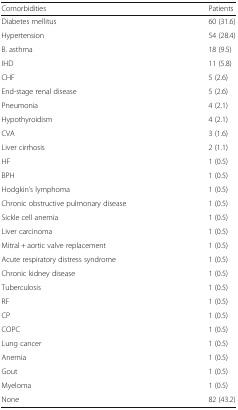
| Comorbidities | Patients |
 | --- | --- |
 | Diabetes mellitus | 60 (31.6) |
 | Hypertension | 54 (28.4) |
 | B. asthma | 18 (9.5) |
 | IHD | 11 (5.8) |
 | CHF | 5 (2.6) |
 | End-stage renal disease | 5 (2.6) |
 | Pneumonia | 4 (2.1) |
 | Hypothyroidism | 4 (2.1) |
 | CVA | 3 (1.6) |
 | Liver cirrhosis | 2 (1.1) |
 | HF | 1 (0.5) |
 | BPH | 1 (0.5) |
 | Hodgkin’s lymphoma | 1 (0.5) |
 | Chronic obstructive pulmonary disease | 1 (0.5) |
 | Sickle cell anemia | 1 (0.5) |
 | Liver carcinoma | 1 (0.5) |
 | Mitral + aortic valve replacement | 1 (0.5) |
 | Acute respiratory distress syndrome | 1 (0.5) |
 | Chronic kidney disease | 1 (0.5) |
 | Tuberculosis | 1 (0.5) |
 | RF | 1 (0.5) |
 | CP | 1 (0.5) |
 | COPC | 1 (0.5) |
 | Lung cancer | 1 (0.5) |
 | Anemia | 1 (0.5) |
 | Gout | 1 (0.5) |
 | Myeloma | 1 (0.5) |
 | None | 82 (43.2) |